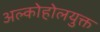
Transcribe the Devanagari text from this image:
अल्कोहोलयुक्त